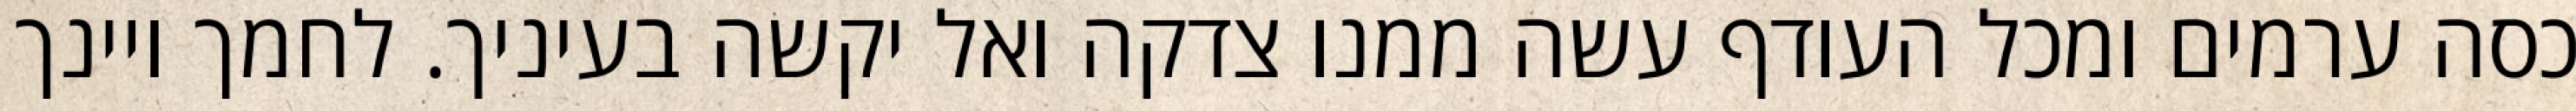
כסה ערמים ומכל העודף עשה ממנו צדקה ואל יקשה בעיניך. לחמך ויינך